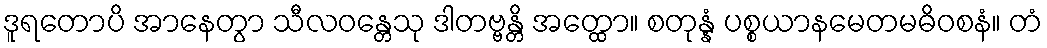
ဒူရတောပိ အာနေတွာ သီလဝန္တေသု ဒါတဗ္ဗန္တိ အတ္ထော။ စတုန္နံ ပစ္စယာနမေတမဓိဝစနံ။ တံ